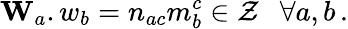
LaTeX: {\mathbf W_{a}.w_{b}}=n_{ac}m_{b}^{c}\in{\cal Z}~~~\forall a,b\, .